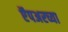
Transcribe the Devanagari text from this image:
ऍंपअरच्या